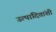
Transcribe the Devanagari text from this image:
उत्पादितांशी